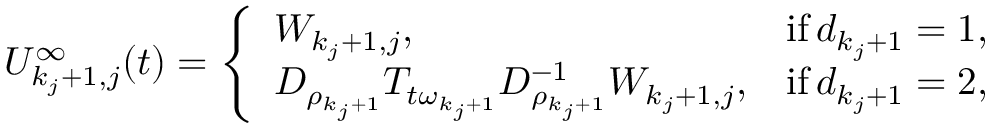
\begin{array} { r } { U _ { k _ { j } + 1 , j } ^ { \infty } ( t ) = \left\{ \begin{array} { l l } { W _ { k _ { j } + 1 , j } , } & { \mathrm { i f } \, d _ { k _ { j } + 1 } = 1 , } \\ { D _ { \rho _ { k _ { j } + 1 } } T _ { t \omega _ { k _ { j } + 1 } } D _ { \rho _ { k _ { j } + 1 } } ^ { - 1 } W _ { k _ { j } + 1 , j } , } & { \mathrm { i f } \, d _ { k _ { j } + 1 } = 2 , } \end{array} \right. } \end{array}